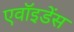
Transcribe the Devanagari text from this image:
एवॉइडेंस